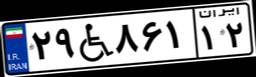
۲۹W۸۶۱۱۲